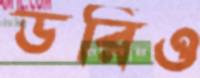
ডরিও